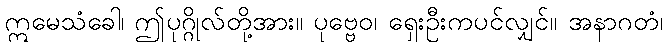
ဣမေသံခေါ၊ ဤပုဂ္ဂိုလ်တို့အား။ ပုဗ္ဗေဝ၊ ရှေးဦးကပင်လျှင်။ အနာဂတံ၊